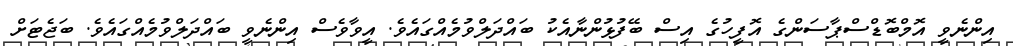
އިންނެވީ އޮމްބޮޑްސްޕާސަންގެ އޮފީހުގެ އިސް ބޭފުޅުންނާއެކު ބައްދަލްވުމެއްގައެވެ. އީވާވެސް އިންނެވީ ބައްދަލްވުމެއްގައެވެ. ބަޖެޓަށް